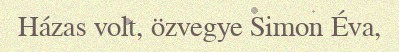
Házas volt, özvegye Simon Éva,